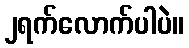
၂ရက်လောက်ပါပဲ။